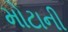
મોટાની